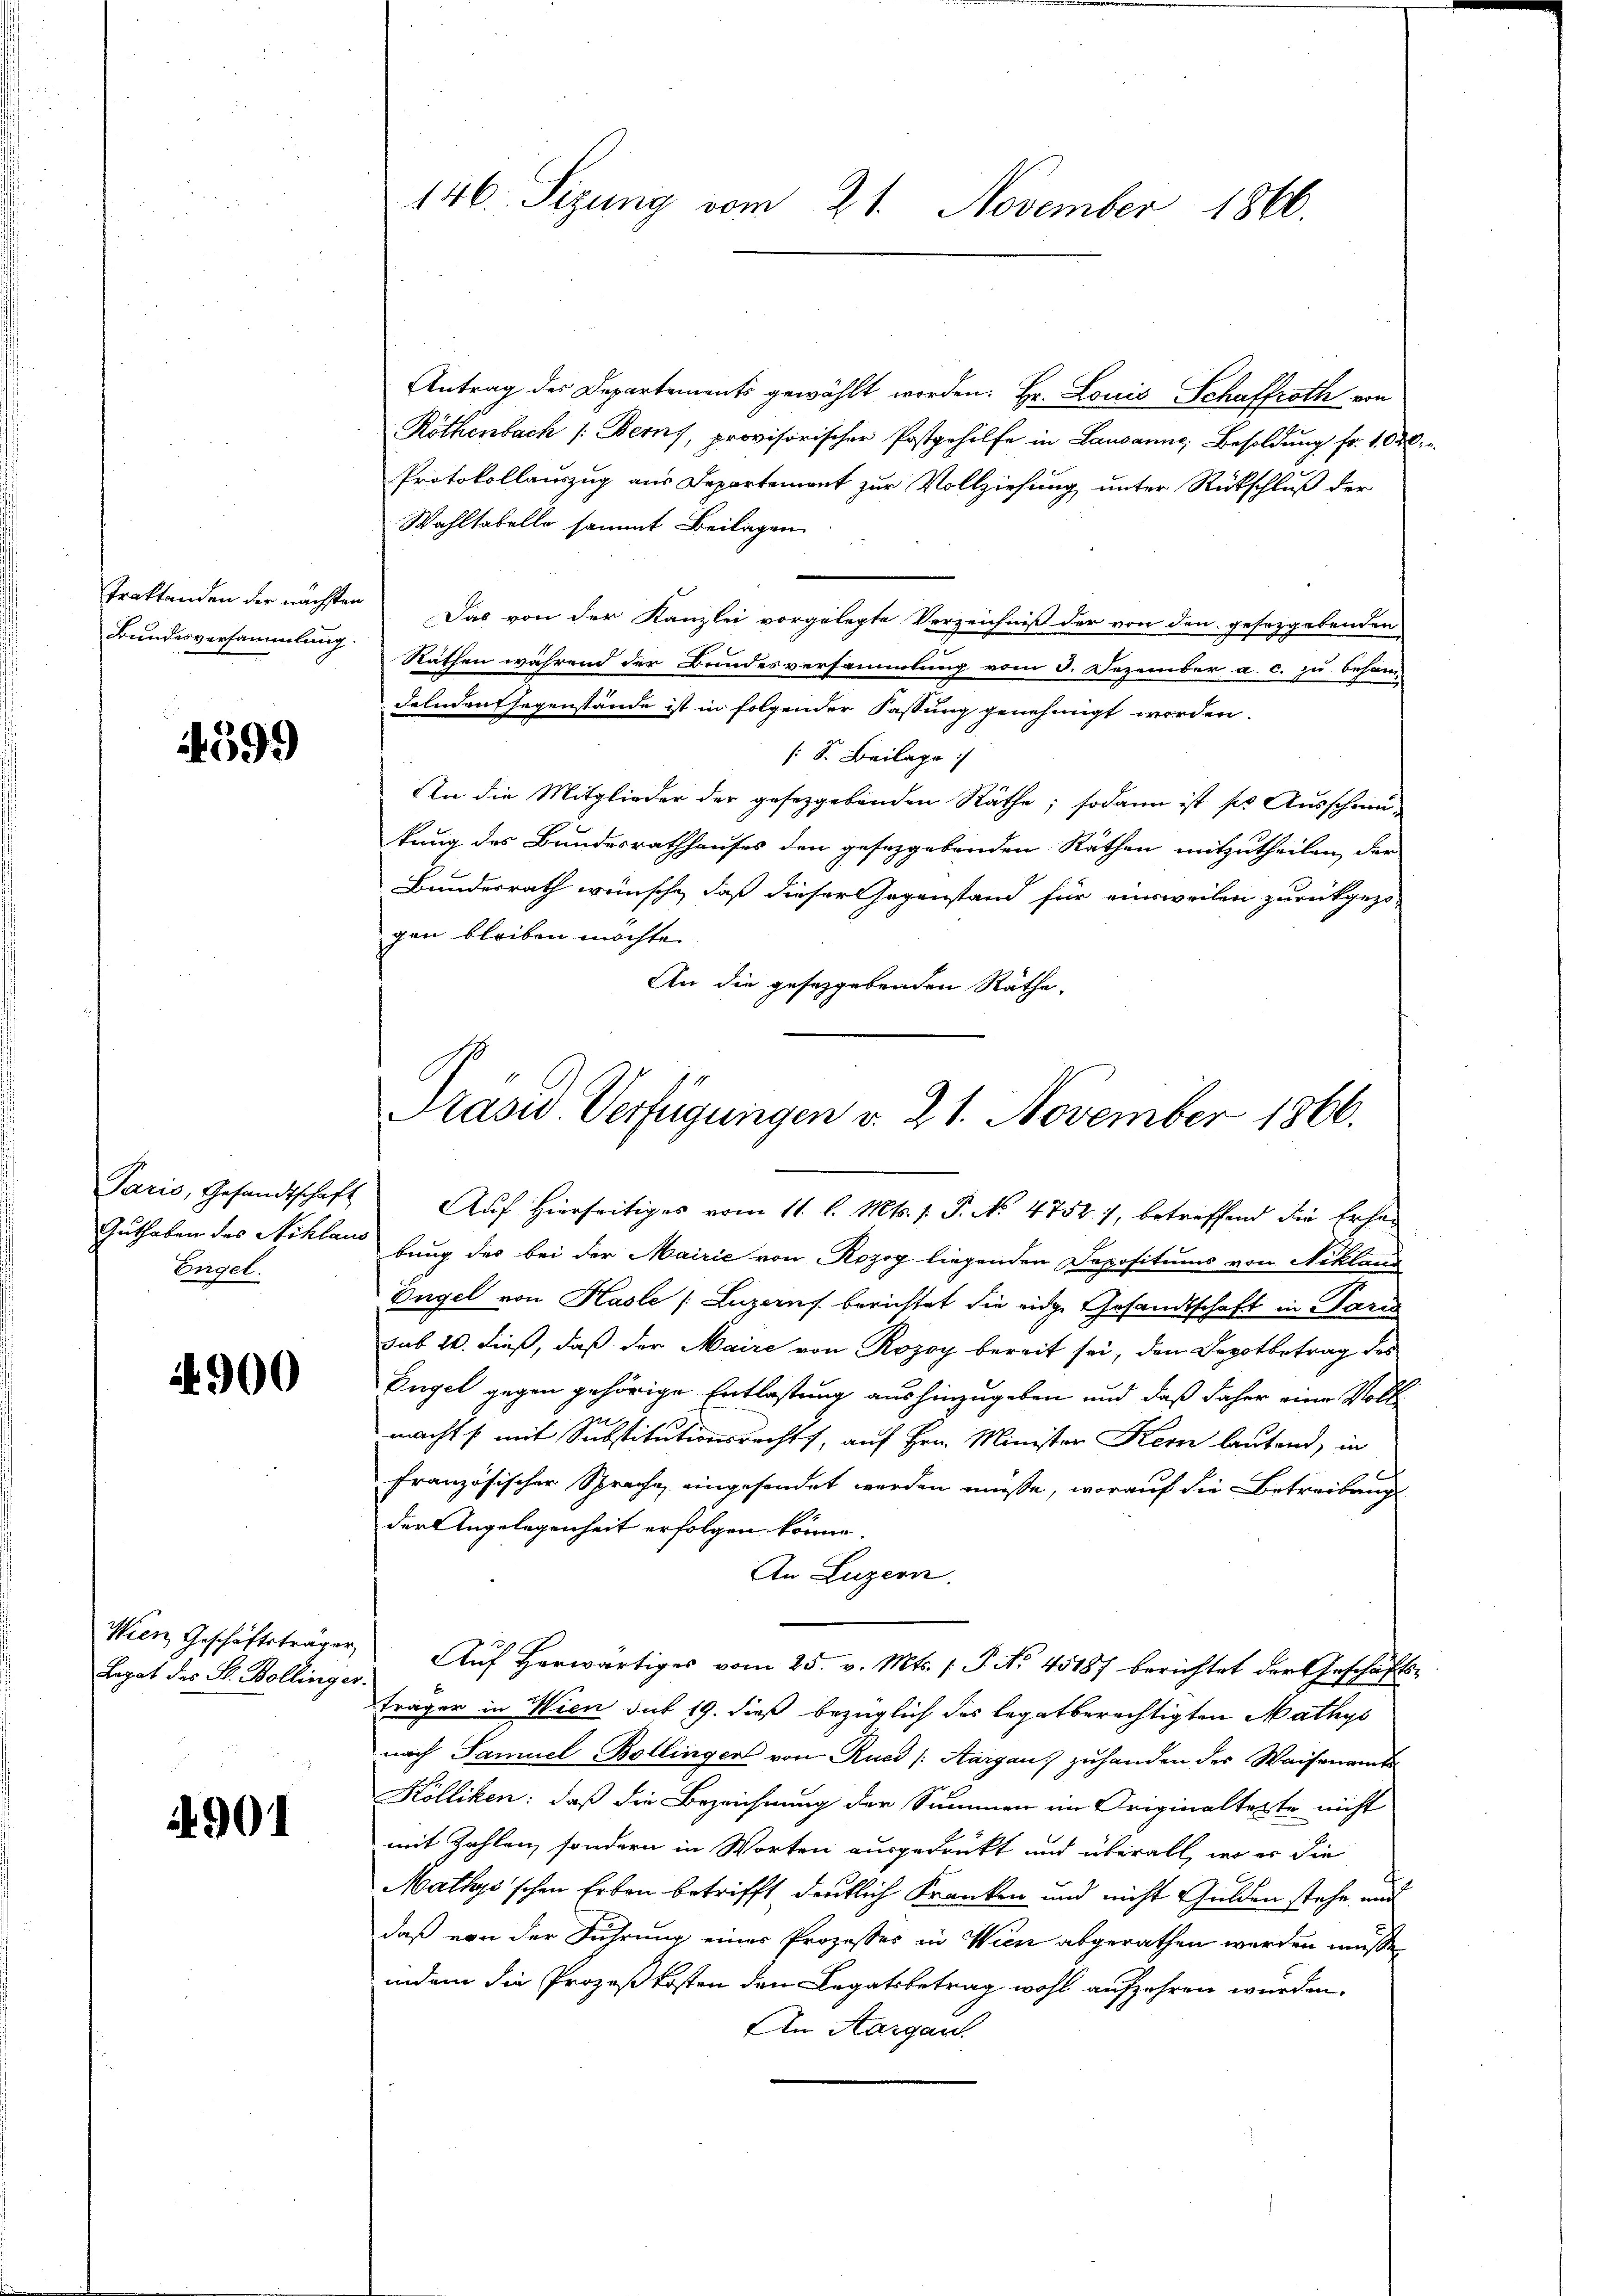
Traktanden der nächsten
Bundesversammlung

399

Paris, Gesandtschaft
Guthaben des Niklam
Engel.

4900

Wien Geschäftsträger,
Lagat des St. Bollinger

4901

146. Sizung vom 21. November 1866.

Antrag des Departements gewählt worden. Hr. Louis Schaffroth von
Röthenbach /: Berns, provisorischer Postgehilfe in Lausanne, Besoldung fr. 10 d
Protokollauszug aus Departement zur Vollziehung unter Rückschluß der
Wahltabelle sammt Beilagen
Das von der Kanzlei vorgelegte Verzeichniß der von den gesetzgebenden
Räthen während der Bundesversammlung vom 3. Dezember a. c. zu behan
Felnden Gegenstände ist in folgender Fassung genehmigt worden.
S. Beilage
An die Mitglieder der gesetzgebenden Räthe; sodann ist ser Ausschun-
kung des Bundesrathhauses den gesetzgebenden Räthen mitzutheilen, der
Bundesrath wünsche, daß dieser Gegenstand für einsweilen zurückgezo-
gen bleiben möchte.
An die gesetzgebenden Räthe.
Auf Hierseitiges vom 11. l. Mts. 1. P. No 4752), betreffend die Erhal
bung des bei der Mairie von Rozog liegenden Depositums von Niklang
Engel von Hasle (Luzern berichtet die eidge Gesandtschaft in Paris
sub 20. dieß, daß der Maire von Rozoy bereit sei, den Depotbetrag des
Engel gegen gehörige Entlastung aushinzugeben und daß daher eine Voll
machts mit Substitutionsrechts, auf Hrn. Minister Kern lautend, in
französischer Sprache, eingesendet werden müsse, worauf die Betreibung
der Angelegenheit erfolgen könne.
An Luzern.
Auf herwärtiges vom 25. v. Mts. (: P. No 45187 berichtet der Geschäftsträger in Wien sub 19. dieß bezüglich des legatberechtigten Mathys
nach Samuel Bollinger von Rued (Aargau) zuhanden des Waisenamts
Kölliken: daß die Bezeichnung der Summen im Originaltette nicht
mit Zahlen, sondern in Worten ausgedrückt und überall, wo er die
Mathys'schen Erben betrifft deutlich Kranken und nicht Gulden stehe, und
daß von der Führung einer Prozesses in Wien abgerathen werden müsse
indem die Prozeßkosten den Legatsbetrag wohl aufzehren wurden.
An Aargau.

Präsid. Verfügungen v. 21. November 1866.